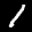
Label: 1